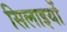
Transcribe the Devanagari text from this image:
सिलाइयों